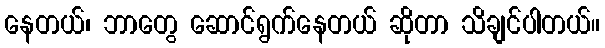
နေတယ်၊ ဘာတွေ ဆောင်ရွက်နေတယ် ဆိုတာ သိချင်ပါတယ်။